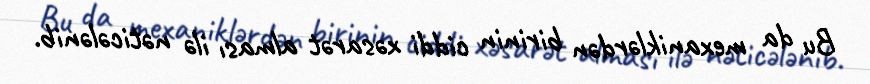
Bu da mexaniklərdən birinin ciddi xəsarət alması ilə nəticələnib.